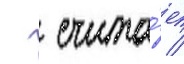
  счита́ет /